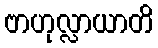
ဗာဟုလ္လာယာတိ